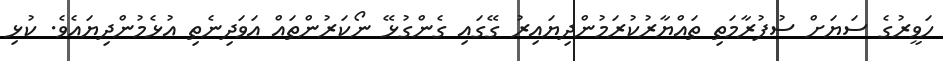
ހަވީރުގެ ސަޔަށް ސުފުރާމަތި ތައްޔާރުކުރަމުންދިޔައިރު ގޭގައި ގެންގުޅޭ ނޯކަރުންތައް އަވަދިނެތި އުޅެމުންދިޔައެވެ. ކުޅި